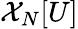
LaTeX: \mathcal{X}_{N}[U]